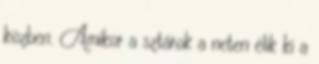
közben. Amikor a sztárok a neten élik ki a